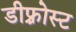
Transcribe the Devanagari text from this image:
डीफ़्रोस्ट